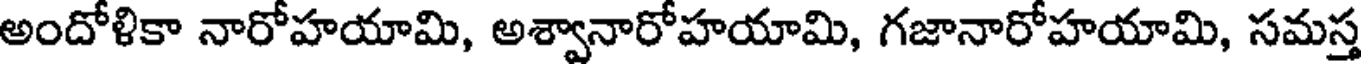
అందోళికా నారోహయామి, అశ్వానారోహయామి, గజానారోహయామి, సమస్త